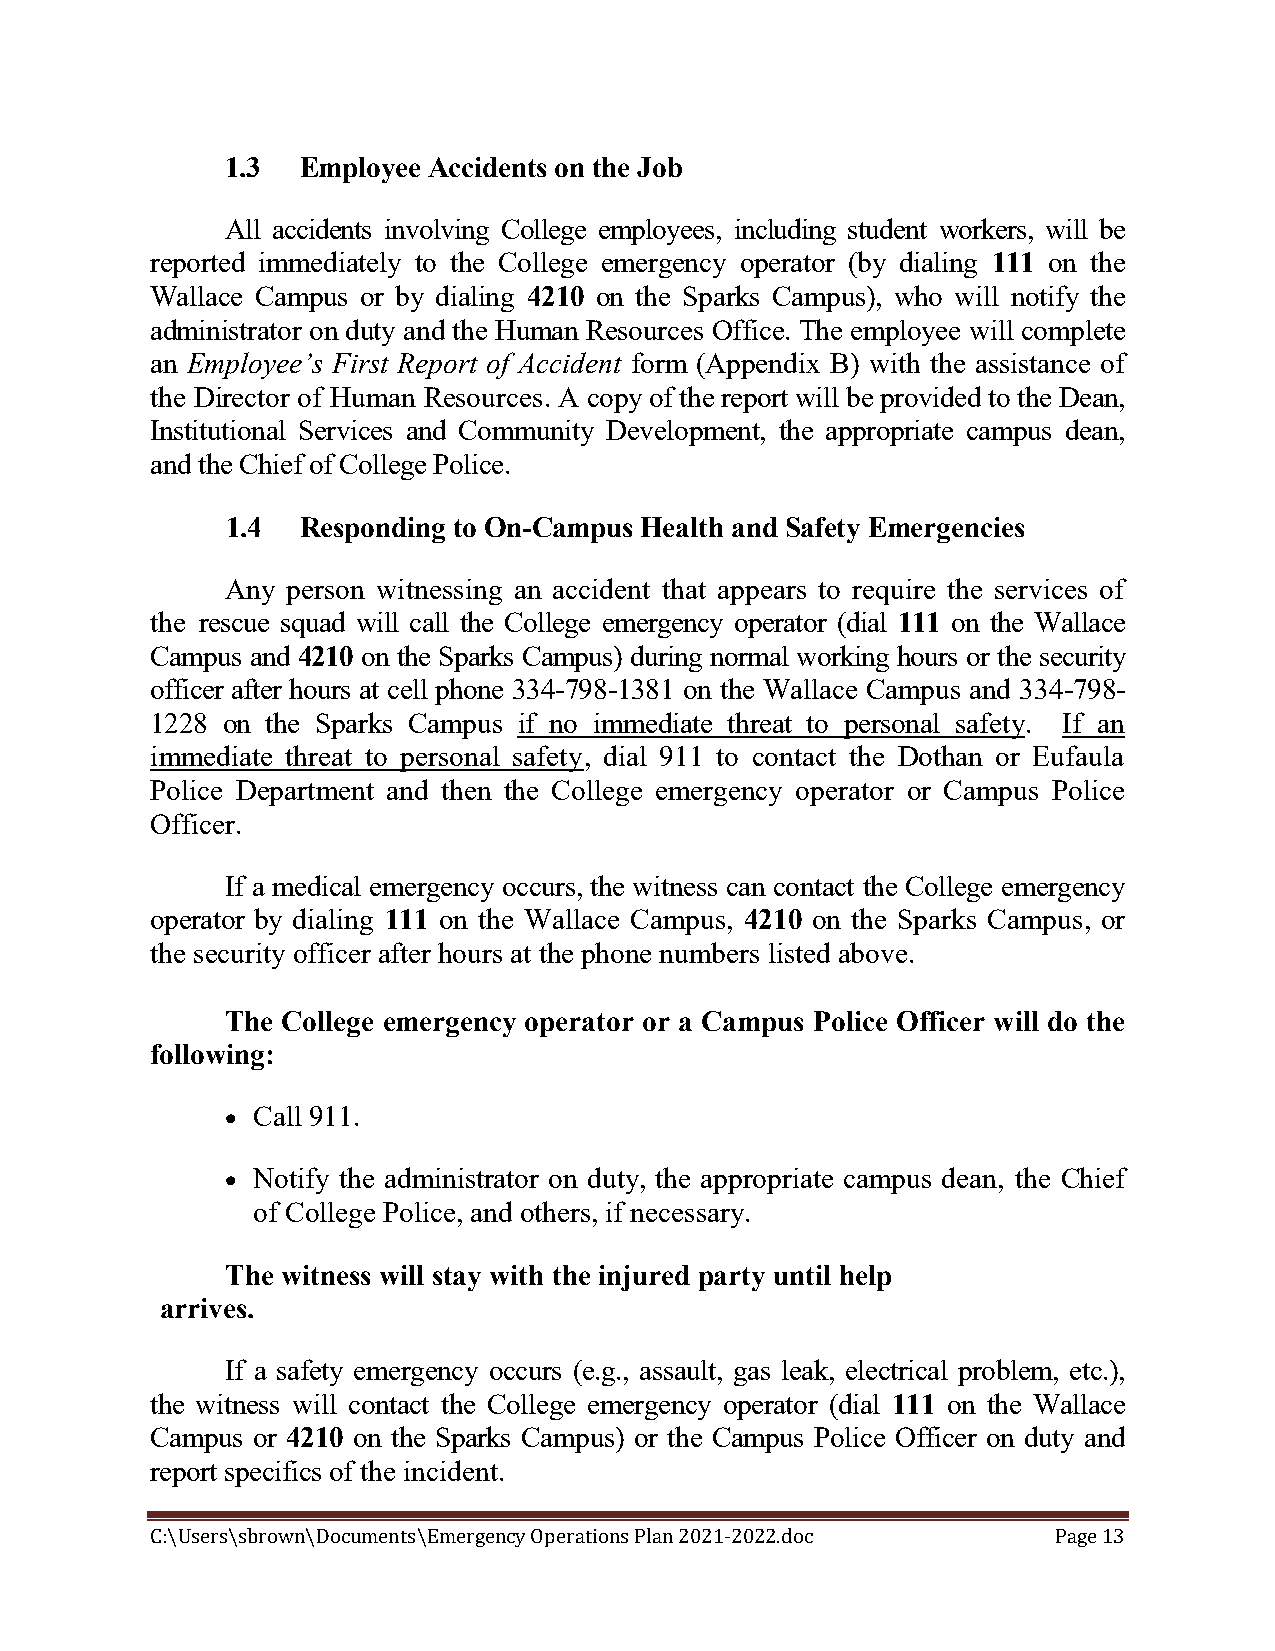
1.3  Employee Accidents on the Job
 All accidents involving College employees, including student workers, will be
 reported immediately to the College emergency operator (by dialing 111 on the
 Wallace Campus or by dialing 4210 on the Sparks Campus), who will notify the
 administrator on duty and the Human Resources Office. The employee will complete
 an Employee’s First Report of Accident form (Appendix B) with the assistance of
 the Director of Human Resources. A copy of the report will be provided to the Dean,
 Institutional Services and Community Development, the appropriate campus dean,
 and the Chief of College Police.
 1.4  Responding to On-Campus Health and Safety Emergencies
 Any person witnessing an accident that appears to require the services of
 the rescue squad will call the College emergency operator (dial 111 on the Wallace
 Campus and 4210 on the Sparks Campus) during normal working hours or the security
 officer after hours at cell phone 334-798-1381 on the Wallace Campus and 334-798-
 1228 on the Sparks Campus if no immediate threat to personal safety. If an
 immediate threat to personal safety, dial 911 to contact the Dothan or Eufaula
 Police Department and then the College emergency operator or Campus Police
 Officer.
 If a medical emergency occurs, the witness can contact the College emergency
 operator by dialing 111 on the Wallace Campus, 4210 on the Sparks Campus, or
 the security officer after hours at the phone numbers listed above.
 The College emergency operator or a Campus Police Officer will do the
 following:
  Call 911.
  Notify the administrator on duty, the appropriate campus dean, the Chief
 of College Police, and others, if necessary.
 The witness will stay with the injured party until help
 arrives.
 If a safety emergency occurs (e.g., assault, gas leak, electrical problem, etc.),
 the witness will contact the College emergency operator (dial 111 on the Wallace
 Campus or 4210 on the Sparks Campus) or the Campus Police Officer on duty and
 report specifics of the incident.
 C:\Users\sbrown\Documents\Emergency Operations Plan 2021-2022.doc Page 13